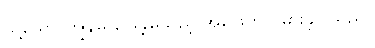
သို့သော် ကျွန်မ ဖြေခဲ့မိသည့် အဖြေက ပိုမှားခဲ့ပါသည်။